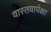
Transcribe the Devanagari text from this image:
वास्तवापेक्षा